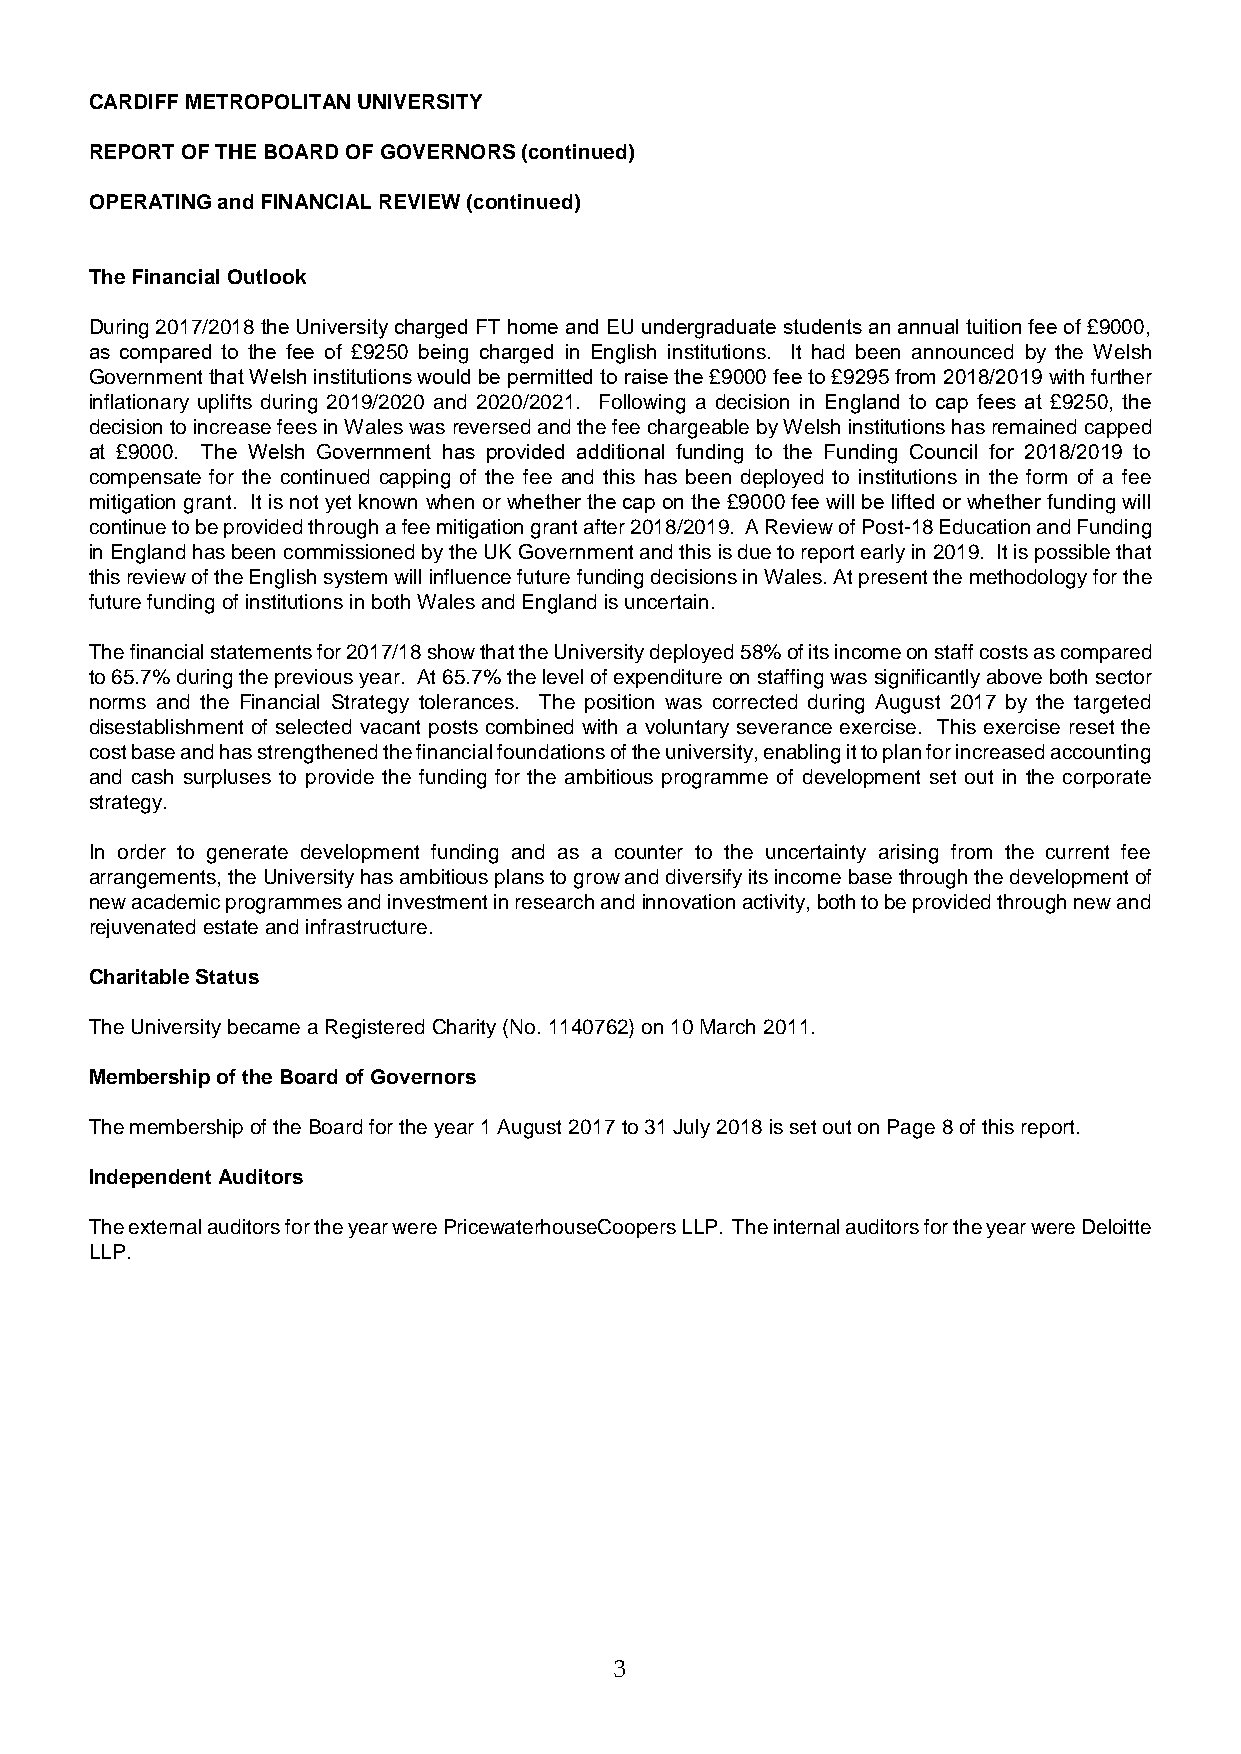
CARDIFF METROPOLITAN UNIVERSITY
 REPORT OF THE BOARD OF GOVERNORS (continued)
 OPERATING and FINANCIAL REVIEW (continued)
 The Financial Outlook
 During 2017/2018 the University charged FT home and EU undergraduate students an annual tuition fee of £9000,
 as compared to the fee of £9250 being charged in English institutions. It had been announced by the Welsh
 Government that Welsh institutions would be permitted to raise the £9000 fee to £9295 from 2018/2019 with further
 inflationary uplifts during 2019/2020 and 2020/2021. Following a decision in England to cap fees at £9250, the
 decision to increase fees in Wales was reversed and the fee chargeable by Welsh institutions has remained capped
 at £9000. The Welsh Government has provided additional funding to the Funding Council for 2018/2019 to
 compensate for the continued capping of the fee and this has been deployed to institutions in the form of a fee
 mitigation grant. It is not yet known when or whether the cap on the £9000 fee will be lifted or whether funding will
 continue to be provided through a fee mitigation grant after 2018/2019. A Review of Post-18 Education and Funding
 in England has been commissioned by the UK Government and this is due to report early in 2019. It is possible that
 this review of the English system will influence future funding decisions in Wales. At present the methodology for the
 future funding of institutions in both Wales and England is uncertain.
 The financial statements for 2017/18 show that the University deployed 58% of its income on staff costs as compared
 to 65.7% during the previous year. At 65.7% the level of expenditure on staffing was significantly above both sector
 norms and the Financial Strategy tolerances. The position was corrected during August 2017 by the targeted
 disestablishment of selected vacant posts combined with a voluntary severance exercise. This exercise reset the
 cost base and has strengthened the financial foundations of the university, enabling it to plan for increased accounting
 and cash surpluses to provide the funding for the ambitious programme of development set out in the corporate
 strategy.
 In order to generate development funding and as a counter to the uncertainty arising from the current fee
 arrangements, the University has ambitious plans to grow and diversify its income base through the development of
 new academic programmes and investment in research and innovation activity, both to be provided through new and
 rejuvenated estate and infrastructure.
 Charitable Status
 The University became a Registered Charity (No. 1140762) on 10 March 2011.
 Membership of the Board of Governors
 The membership of the Board for the year 1 August 2017 to 31 July 2018 is set out on Page 8 of this report.
 Independent Auditors
 The external auditors for the year were PricewaterhouseCoopers LLP. The internal auditors for the year were Deloitte
 LLP.
 3